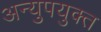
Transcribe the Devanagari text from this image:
अन्युपयुक्त